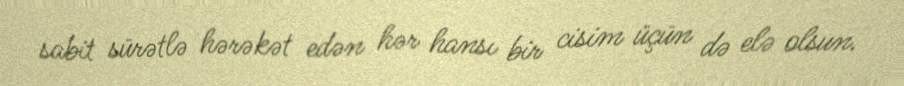
sabit sürətlə hərəkət edən hər hansı bir cisim üçün də elə olsun.